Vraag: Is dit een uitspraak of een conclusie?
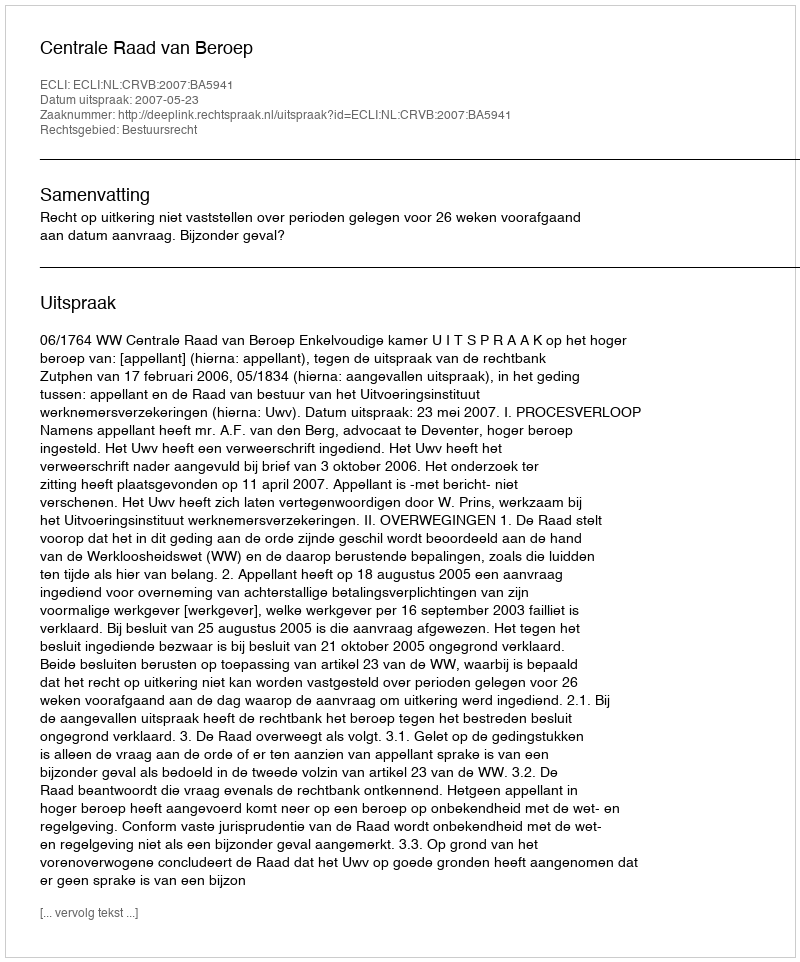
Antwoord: Uitspraak